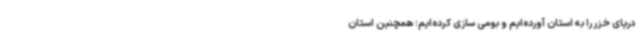
دریای خزر را به استان آورده‌ایم و بومی سازی کرده‌ایم؛ همچنین استان